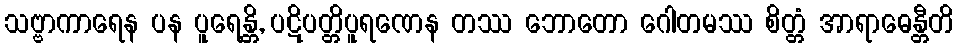
သဗ္ဗာကာရေန ပန ပူရေန္တိ, ပဋိပတ္တိပူရဏေန တဿ ဘောတော ဂေါတမဿ စိတ္တံ အာရာဓေန္တီတိ